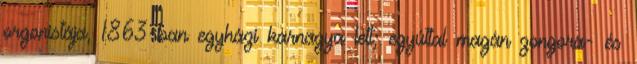
orgonistája, 1863-ban egyházi karnagya lett; egyúttal magán zongora- és